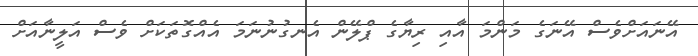
އޭނައަށްވެސް އޭނަގެ މަންމަ އާއި ރިޔާގެ ޕްލޭން އެނގުނުނަމަ އެއްގޮތަކަށް ވެސް އަލީނާއަށް